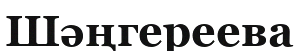
Шәңгереева